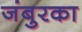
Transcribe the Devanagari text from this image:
जंबुरका